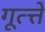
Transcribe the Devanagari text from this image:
गूत्त्ते